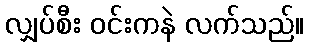
လျှပ်စီး ဝင်းကနဲ လက်သည်။